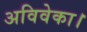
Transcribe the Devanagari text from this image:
अविवेका।